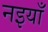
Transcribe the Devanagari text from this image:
नइयाँ